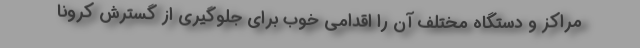
مراکز و دستگاه مختلف آن را اقدامی خوب برای جلوگیری از گسترش کرونا